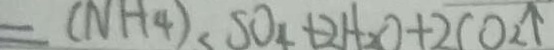
= ( N H _ { 4 } ) _ { 3 } S O _ { 4 } + 2 H _ { 2 } O + 2 + 2 C O _ { 2 } \uparrow